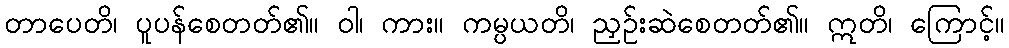
တာပေတိ၊ ပူပန်စေတတ်၏။ ဝါ၊ ကား။ ကမ္ပယတိ၊ ညှဉ်းဆဲစေတတ်၏။ ဣတိ၊ ကြောင့်။